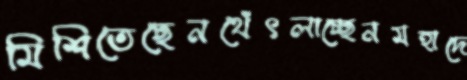
মিশিতেছেনথেঁৎলাচ্ছেনমহাদে